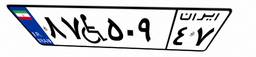
۸۷W۵۰۹۴۷